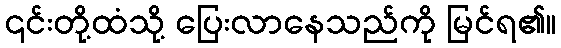
၎င်းတို့ထံသို့ ပြေးလာနေသည်ကို မြင်ရ၏။